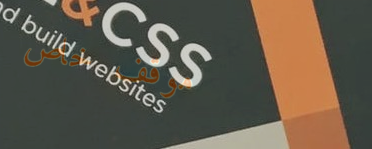
موقف خاص